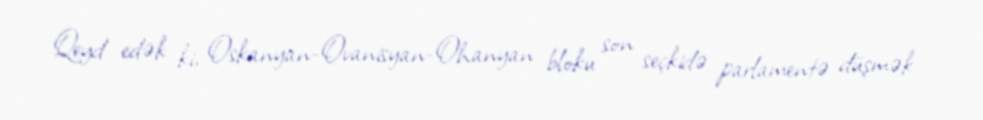
Qeyd edək ki, Oskanyan-Ovanisyan-Ohanyan bloku son seçkidə parlamentə düşmək